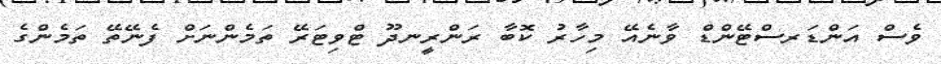
ވެސް އަންޑަރސްޓޭންޑް ވާނެއޭ މިހާރު ކޮބާ ރަންރީނދޫ ޓްވިޓަރޭ ތަމެންނަށް ފެނޭތޭ ތަމެންގެ